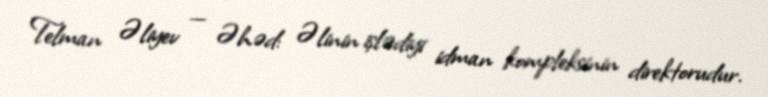
Telman Əliyev — Əhəd: Əlinin işlədiyi idman kompleksinin direktorudur.